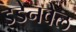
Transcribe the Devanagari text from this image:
इडेनवेल